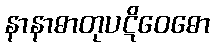
နာနာဓာတုပဋိဝေဓော